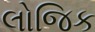
લોજિક